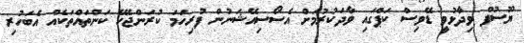
ޔޫސުފް ވިދާޅުވީ ޑޭވިސް ކަޕްގައި ވާދަކުރުމަށް އެސޯސިއޭޝަނުން ފުރިހަމަ ކުރަންޖެހޭ ކަންތައްތަކެއް އެބަހުރި